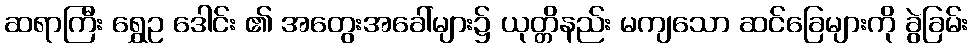
ဆရာကြီး ရွှေဥ ဒေါင်း ၏ အတွေးအခေါ်များ၌ ယုတ္တိနည်း မကျသော ဆင်ခြေများကို ခွဲခြမ်း